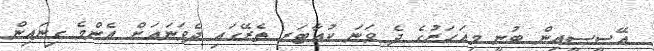
އޭސީސީއިން ބުނީ މިއަހަރުގެ ދެ ވަނަ ކުއާޓަރ ތެރޭގައި ދެވަނައަށް އެންމެ ގިނައިން